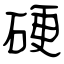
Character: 硬